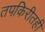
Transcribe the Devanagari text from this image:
तपकिरीतही